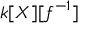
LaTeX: k [ X ] [ f ^ { - 1 } ]